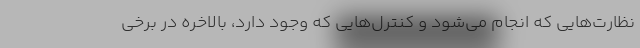
نظارت‌هایی که انجام می‌شود و کنترل‌هایی که وجود دارد، بالاخره در برخی